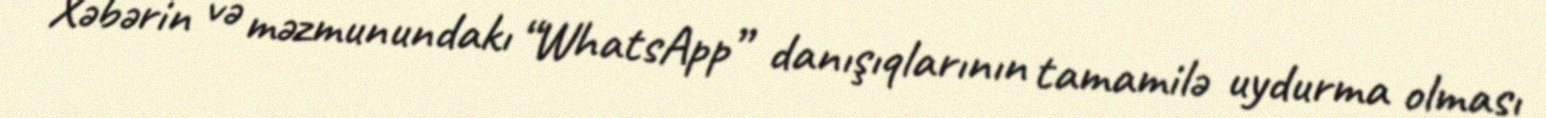
Xəbərin və məzmunundakı “WhatsApp” danışıqlarının tamamilə uydurma olması